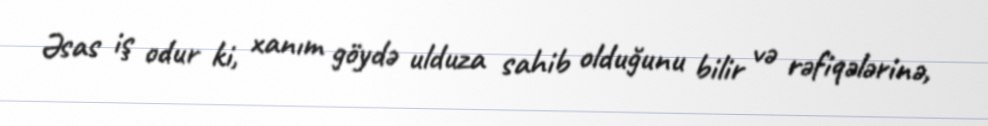
Əsas iş odur ki, xanım göydə ulduza sahib olduğunu bilir və rəfiqələrinə,